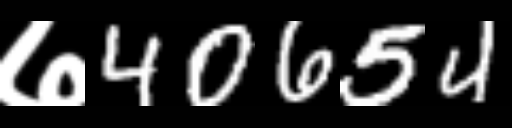
Text: ७40654